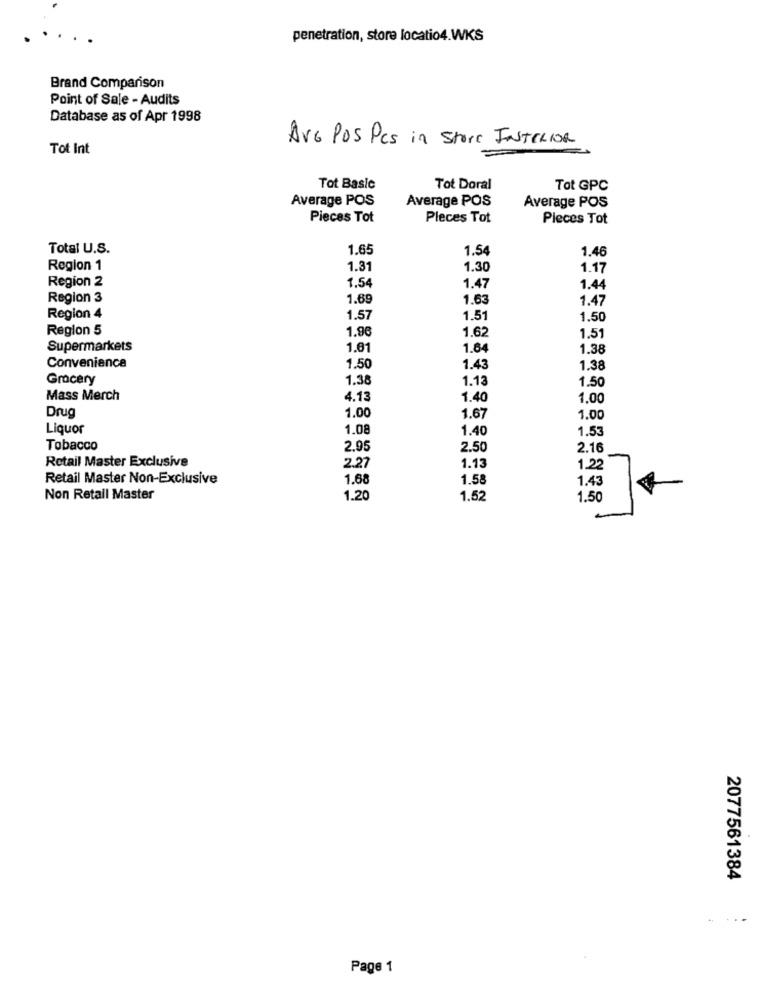
penetration, store locatio4.WKS
Brand Comparison
Point of Sale - Audits
Database as of Apr 1998
AVG POS Pcs in Store INTERIOR
Tot Int
Tot Basic
Tot Doral
Tot GPC
Average POS
Average POS
Average POS
Pieces Tot
Pleces Tot
Pieces Tot
Total U.S.
1.65
1.54
1.46
Region 1
1.31
1.30
1.17
Region 2
1.54
1.47
1.44
Region 3
1.69
1.63
1.47
Region 4
1.57
1.51
1.50
Region 5
1.96
1.62
1.51
Supermarkets
1.81
1.64
1.38
Convenience
1.50
1.43
1.38
Grocery
1.38
1.13
1.50
Mass Merch
4.13
1.40
1.00
Drug
1.00
1.67
1.00
Liquor
1.08
1.40
1.53
Tobacco
2.95
2.50
2.16
2.27
1.13
Retail Master Exclusive
1.22
Retail Master Non-Exclusive
1.68
1.58
1.43
Non Retail Master
1.20
1.52
1.50
2077561384
Page 1